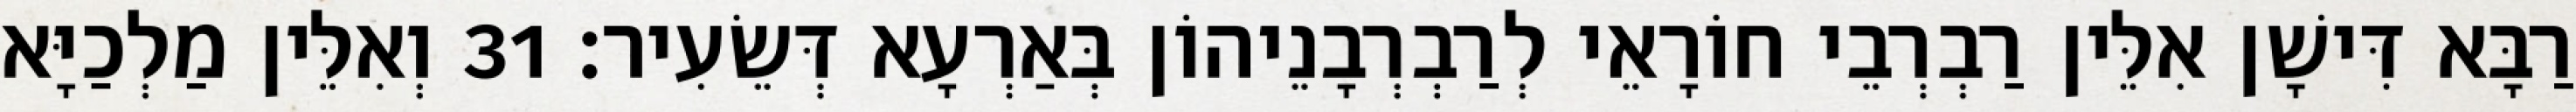
רַבָּא דִּישָׁן אִלֵּין רַבְרְבֵי חוֹרָאֵי לְרַבְרְבָנֵיהוֹן בְּאַרְעָא דְּשֵׂעִיר׃ 31 וְאִלֵּין מַלְכַיָּא